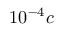
1 0 ^ { - 4 } c